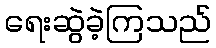
ရေးဆွဲခဲ့ကြသည်